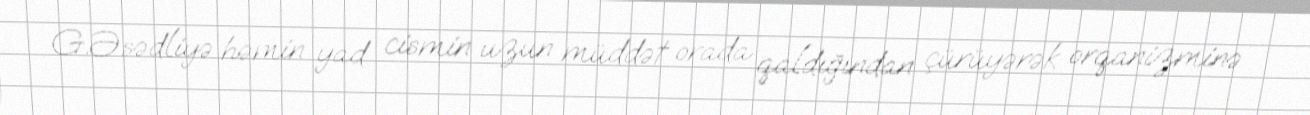
G.Əsədliyə həmin yad cismin uzun müddət orada qaldığından çürüyərək orqanizminə